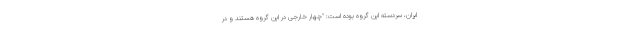
ایران، سردسته این گروه بوده است: "چهار خارجی در این گروه هستند و در